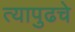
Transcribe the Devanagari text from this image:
त्यापुढचे